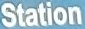
Station